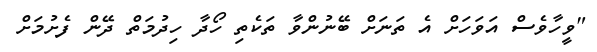
"ވީހާވެސް އަވަހަށް އެ ތަނަށް ބޭނުންވާ ތަކެތި ހޯދާ ހިދުމަތް ދޭން ފެށުމަށް